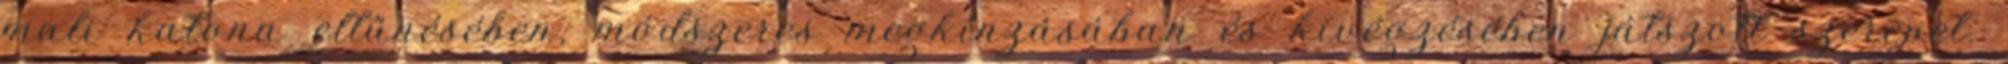
mali katona eltűnésében, módszeres megkínzásában és kivégzésében játszott szerepet.